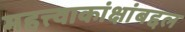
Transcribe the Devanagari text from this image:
महत्त्वाकांक्षांबद्दल